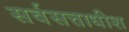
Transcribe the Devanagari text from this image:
सर्वसत्ताधीश